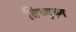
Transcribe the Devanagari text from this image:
विष्णुच्र्ण